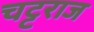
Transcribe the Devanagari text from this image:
चट्टराज